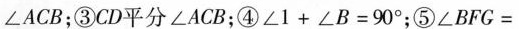
= ∠ A C B$$；③CD平分∠ACB；④ $$∠ 1 + ∠B = 9 0 °$$；⑤ $$∠ B F G =